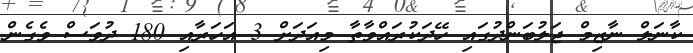
ކާނަލް ނާޒިމް ޖަލުބަންދުގައި ހޭދަކުރައްވާތާ މިއަދަށް 3 އަހަރާއި 180 ދުވަސް ވެގެން